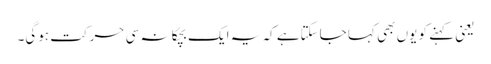
یعنی کہنے کو یوں بھی کہا جاسکتاہے کہ یہ ایک بچکانہ سی حرکت ہوگی۔